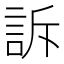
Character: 訴